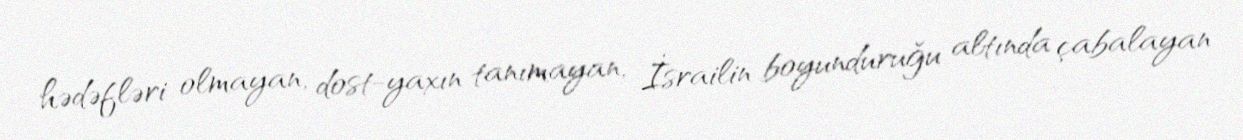
hədəfləri olmayan, dost-yaxın tanımayan, İsrailin boyunduruğu altında çabalayan